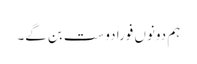
ہم دونوں فوراً دوست بن گے۔